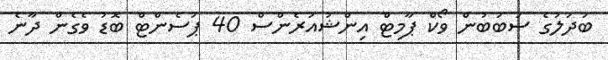
ބަދަލުގެ ސަބަބުން ވޯކް ޕާމިޓް އިންޝުއަރެންސް 40 ޕަސެންޓް ބޮޑު ވެގެން ދާނެ